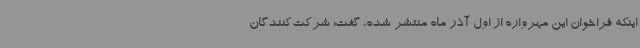
اینکه فراخوان این مهرواره از اول آذر ماه منتشر شده، گفت: شرکت‌کنندگان